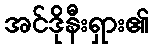
အင်ဒိုနီးရှား၏